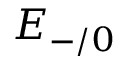
E _ { - / 0 }